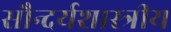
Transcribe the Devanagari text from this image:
सौन्दर्यशास्त्रीय